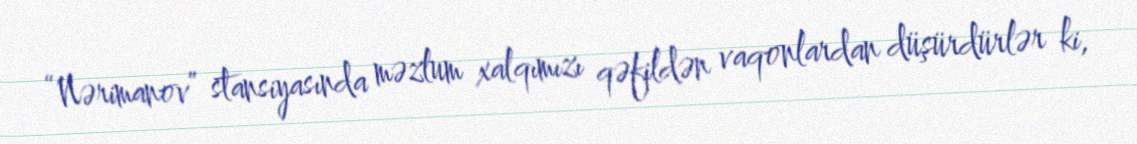
“Nərimanov” stansiyasında məzlum xalqımızı qəfildən vaqonlardan düşürdürlər ki,